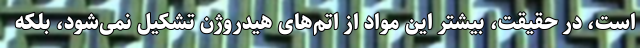
است، در حقیقت، بیشتر این مواد از اتم‌های هیدروژن تشکیل نمی‌شود، بلکه